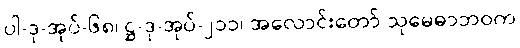
ပါ-ဒု-အုပ်-၆၈၊ ဋ္ဌ-ဒု-အုပ်-၂၁၁၊ အလောင်းတော် သုမေဓာဘဝက